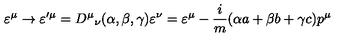
\varepsilon ^ { \mu } \rightarrow \varepsilon ^ { \prime \mu } = { D ^ { \mu } } _ { \nu } ( \alpha , \beta , \gamma ) \varepsilon ^ { \nu } = \varepsilon ^ { \mu } - \frac { i } { m } ( \alpha a + \beta b + \gamma c ) p ^ { \mu }